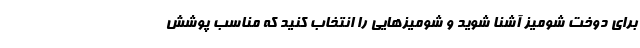
برای دوخت شومیز آشنا شوید و شومیزهایی را انتخاب کنید که مناسب پوشش